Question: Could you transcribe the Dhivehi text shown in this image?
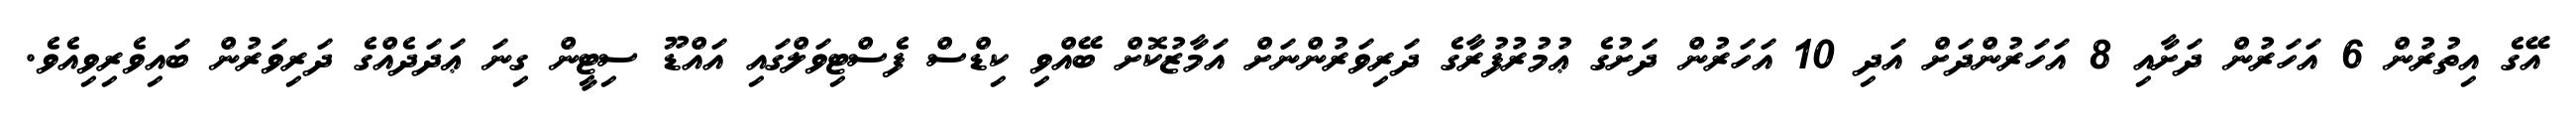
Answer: އޭގެ އިތުރުން 6 އަހަރުން ދަށާއި 8 އަހަރުންދަށް އަދި 10 އަހަރުން ދަށުގެ ޢުމުރުފުރާގެ ދަރިވަރުންނަށް އަމާޒުކޮށް ބޭއްވި ކިޑްސް ފެސްޓިވަލްގައި އައްޑޫ ސިޓީން ގިނަ ޢަދަދެއްގެ ދަރިވަރުން ބައިވެރިވިއެވެ.